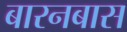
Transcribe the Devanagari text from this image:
बारनबास